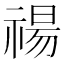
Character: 禓